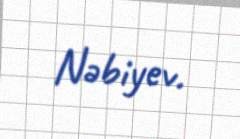
Nəbiyev.